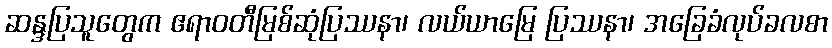
ဆန္ဒပြသူတွေက ဧရာဝတီမြစ်ဆုံပြဿနာ၊ လယ်ယာမြေ ပြဿနာ၊ အခြေခံလုပ်ခလစာ